Report of an investigation of the epidemic of malarial fever in Assam, or, kala-azar
Disease focus: Malaria
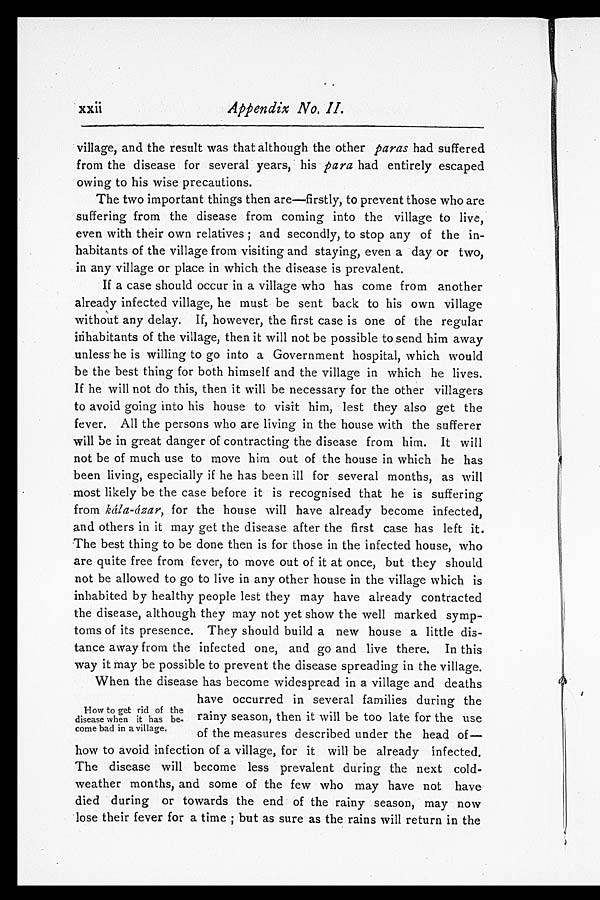
village, and the result was that although the other paras had suffered
from the disease for several years, his para had entirely escaped
owing to his wise precautions.
The two important things then are—firstly, to prevent those who are
suffering from the disease from coming into the village to live,
even with their own relatives; and secondly, to stop any of the in--
habitants of the village from visiting and staying, even a day or two,
in any village or place in which the disease is prevalent.
If a case should occur in a village who has come from another
already infected village, he must be sent back to his own village
without any delay. If, however, the first case is one of the regular
inhabitants of the village, then it will not be possible to send him away
unless he is willing to go into a Government hospital, which would
be the best thing for both himself and the village in which he lives.
If he will not do this, then it will be necessary for the other villagers
to avoid going into his house to visit him, lest they also get the
fever. All the persons who are living in the house with the sufferer
will be in great danger of contracting the disease from him. It will
not be of much use to move him out of the house in which he has
been living, especially if he has been ill for several months, as will
most likely be the case before it is recognised that he is suffering
from kála-ázar, for the house will have already become infected,
and others in it may get the disease after the first case has left it.
The best thing to be done then is for those in the infected house, who
are quite free from fever, to move out of it at once, but they should
not be allowed to go to live in any other house in the village which is
inhabited by healthy people lest they may have already contracted
the disease, although they may not yet show the well marked symp-
toms of its presence. They should build a new house a little dis-
tance away from the infected one, and go and live there, In this
way it may be possible to prevent the disease spreading in the village.
When the disease has become widespread in a village and deaths
have occurred in several families during the
rainy season, then it will be too late for the use
of the measures described under the head of—
how to avoid infection of a village, for it will be already infected.
The disease will become less prevalent during the next cold-
weather months, and some of the few who may have not have
died during or towards the end of the rainy season, may now
lose their fever for a time; but as sure as the rains will return in the
How to get rid of the
disease when it has be-
come bad in a village.